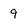
Character: 9